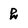
Character: 2